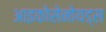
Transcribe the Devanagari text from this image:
आइकोसेनोयड्स